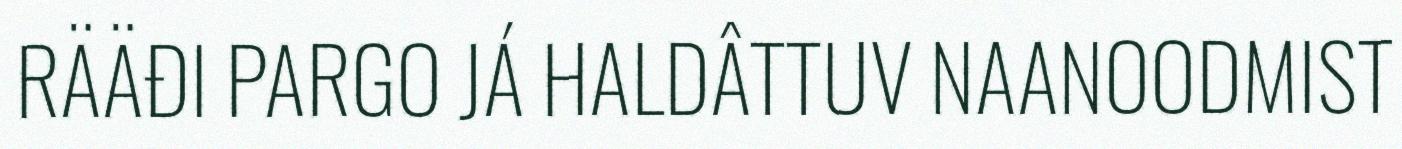
RÄÄĐI PARGO JÁ HALDÂTTUV NAANOODMIST